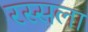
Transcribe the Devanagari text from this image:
रस्सला